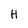
Character: H